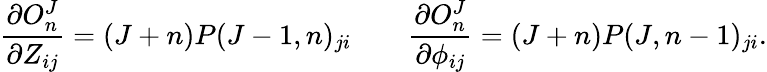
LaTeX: {\frac{\partial O_{n}^{J}}{\partial Z_{ij}}}=(J+n)P(J-1,n)_{ji}\qquad{\frac{\partial O_{n}^{J}}{\partial\phi_{ij}}}=(J+n)P(J,n-1)_{ji}.